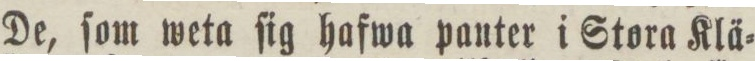
De, ſom weta ſig hafwa panter i Stora Klä=